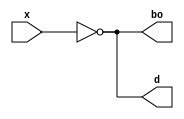
//CSMA
//Sepehr Razmyar 2020
module CSMA (
          x,
          bo,
          d
  );
  // ybu = 100
  input x;
  output bo, d;

  wire xNot;

  assign xNot = ~x;

  assign bo = xNot;
  assign d = xNot;

endmodule